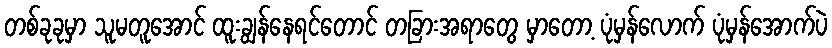
တစ်ခုခုမှာ သူမတူအောင် ထူးချွန်နေရင်တောင် တခြားအရာတွေ မှာတော့ ပုံမှန်လောက် ပုံမှန်အောက်ပဲ